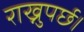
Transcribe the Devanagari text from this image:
राख्नुपर्छ।